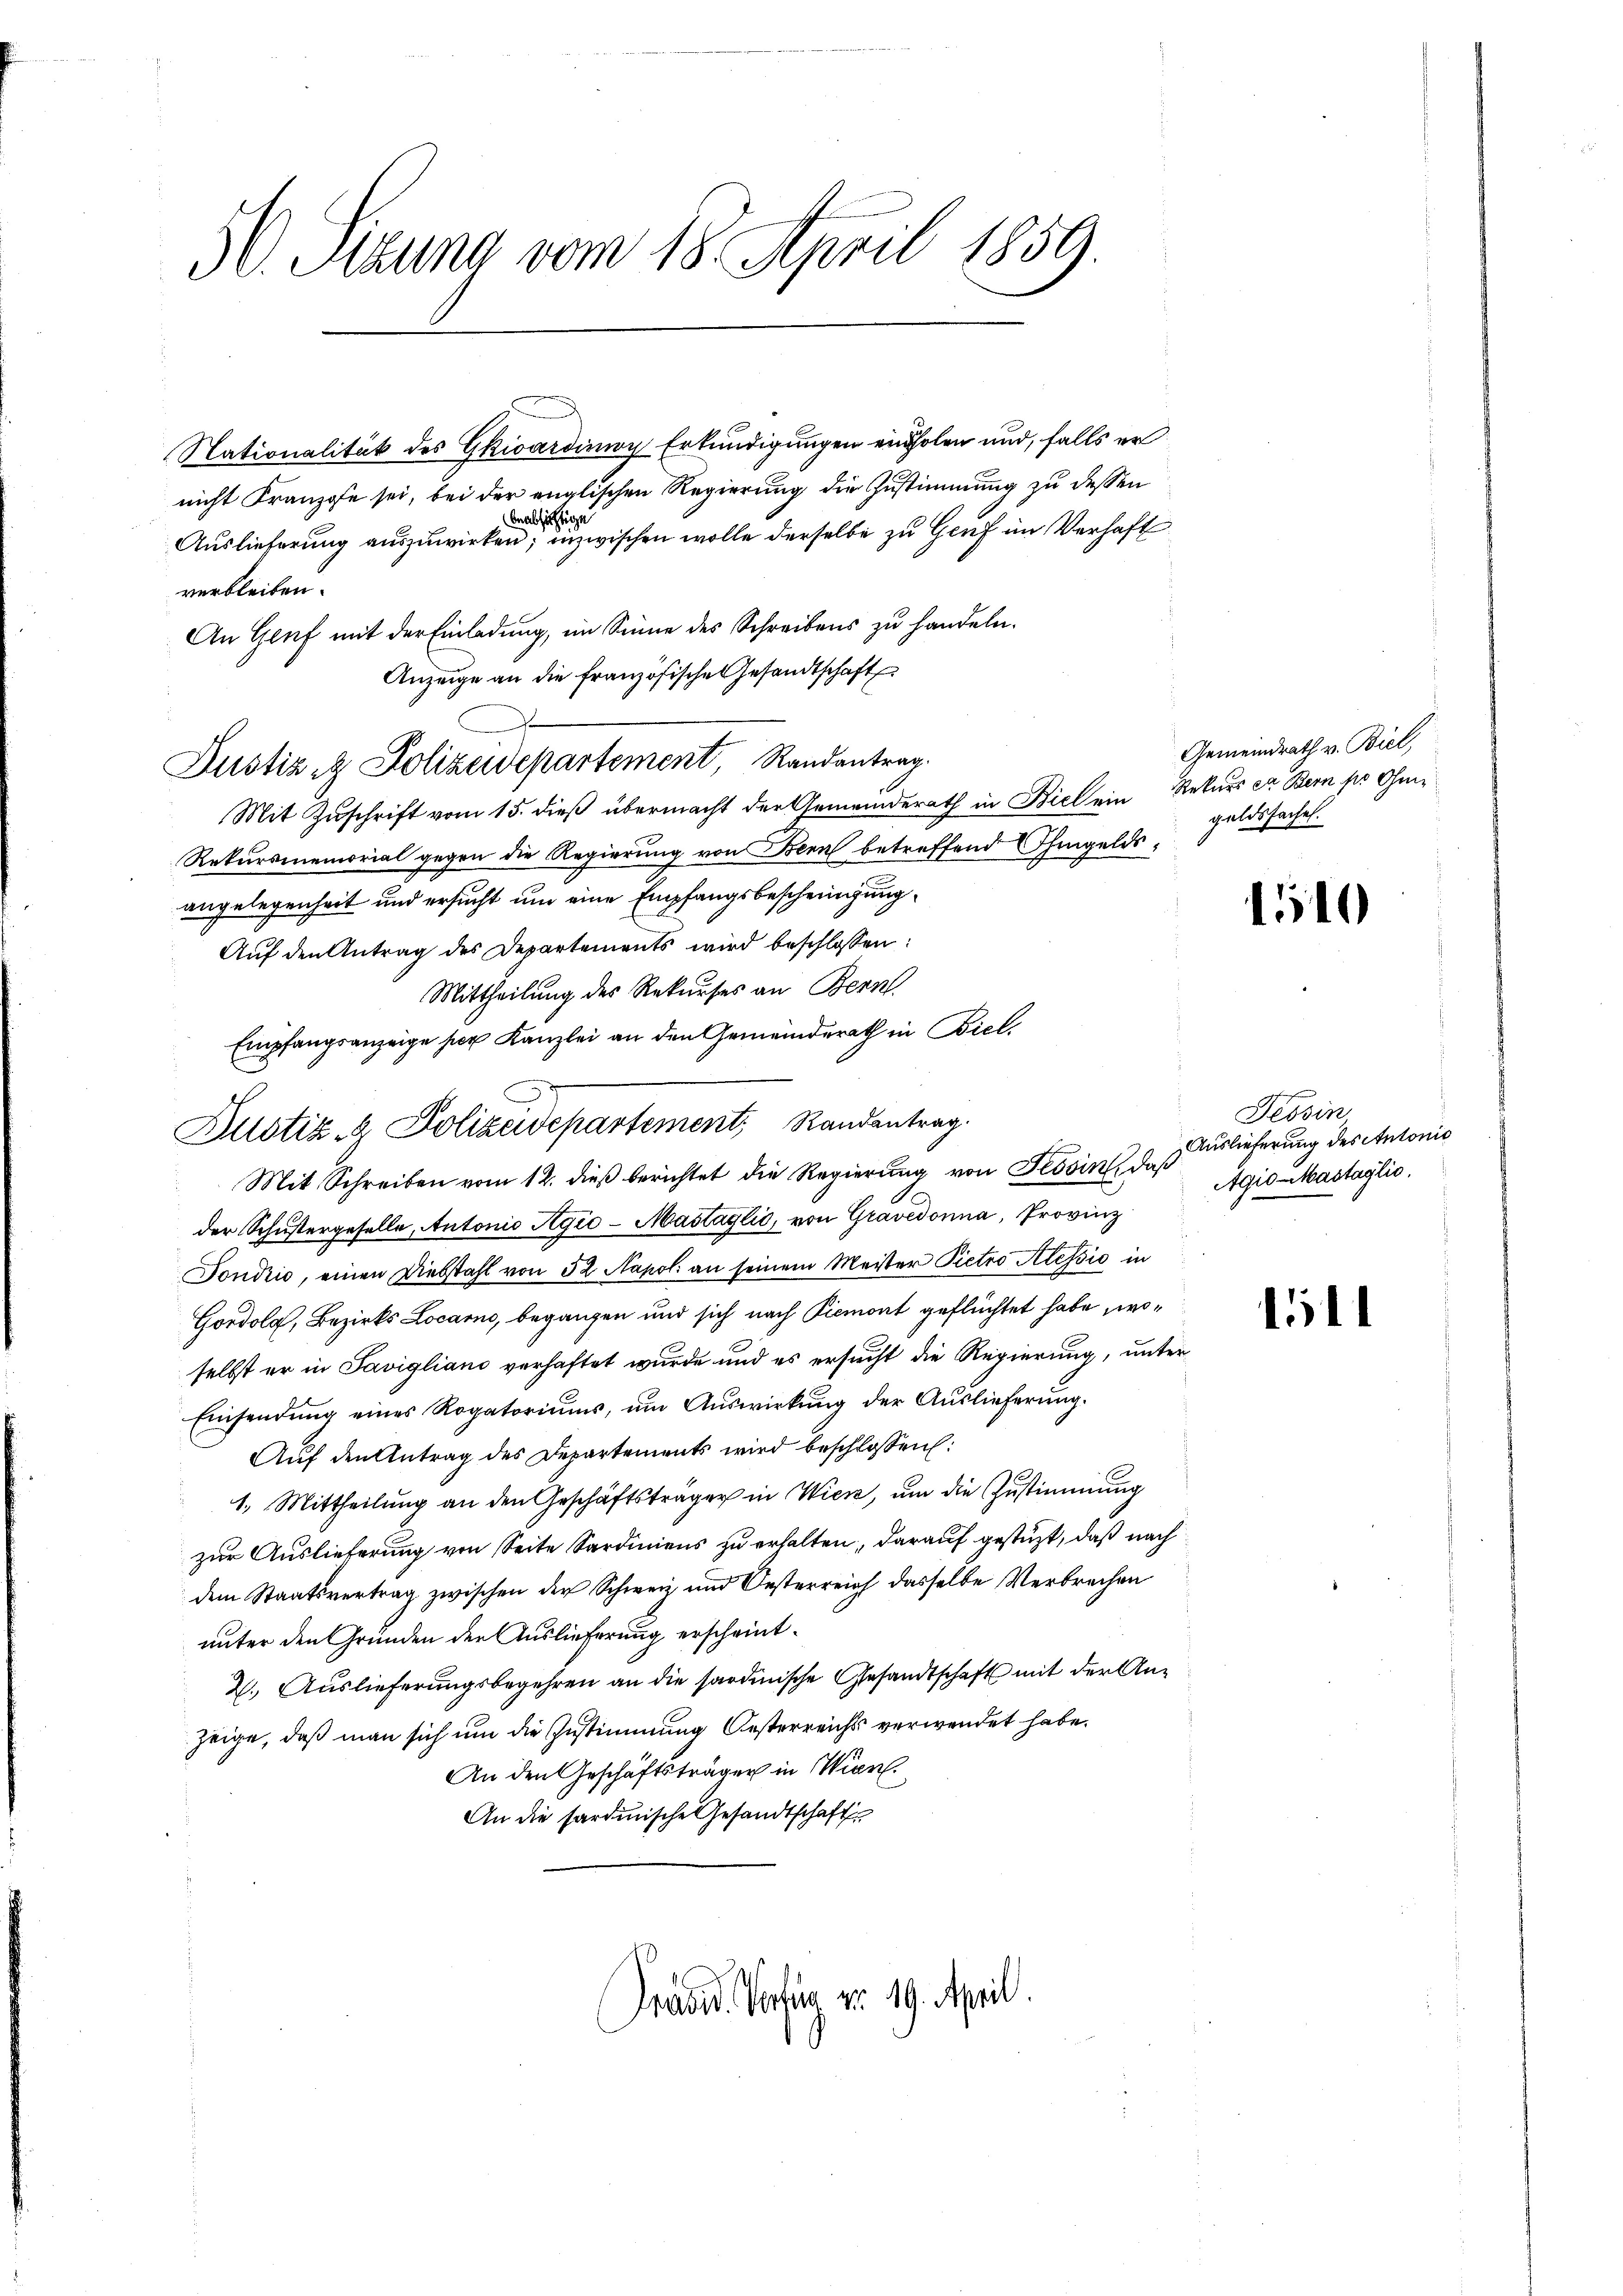
50. Sizung vom 18. April 1859.

Nationalität des Gkwardinoy Erkundigungen einholen und, falls er
nicht Franzose sei, bei der englischen Regierung die Zustimmung zu dessen
ealistige
Auslieferung auszuwirken; inzwischen wolle derselbe zu Genf im Verhaft
verbleiben.
An Genf mit der Einladung, im Sinne des Schreibens zu handeln.
Anzeige an die französische Gesandtschaft
Justiz & Polizeidepartement, Randantrag.
Mit Zuschrift vom 15. dieß übermacht der Gemeinderath in Biel ein Rekurs ca Bern pr Ohmi¬
Rekursmemorial gegen die Regierung von Bern betreffend Ihmgeldsangelegenheit und ersucht um eine Empfangsbescheinigung
Auf den Antrag des Departements wird beschlossen:
Mittheilung des Rekurses an Bern,
Empfangsanzeige hier Kanzlei an den Gemeindsrath in Biel,
Mit Schreiben vom 12. dieß berichtet die Regierung von Tessin, daß Agis-Mastaglio
der Schustergeselle, Antonio Agić-Mastaglić, von Gravedonna, Provinz
Sondrio, einen Diebstahl von 32 Napol an seinem Meister Pietro Alessio in
Gordolg, Bezirks Locarno, begangen und sich nach Piemont geflüchtet habe, woselbst er in Savigliano verhaftet wurde und es ersucht die Regierung, unter
Einsendŭng eines Rogatoriŭms, ŭm Aŭswirkŭng der Auslieferŭng.
Aŭf den Antrag des Departements wird beschlossen:
1. Mittheilung an den Geschäftsträger in Wien, um die Zustimmung
zur Auslieferung von Seite Sardiniens zu erhalten, darauf gestüzt, daß nach
dem Staatsvertrag zwischen der Schweiz und Oesterreich dasselbe Verbrechen
unter den Gründen der Auslieferung erscheint.
2. Auslieferungsbegehren an die sardinische Gesandtschaft mit der Anzeige, daß man sich um die Zustimmung Oesterreichs verwendet habe.
An den Geschäftsträger in Wierl.
An die sardinische Gesandtschaft
Prasid. Vorten No 19. April.

Zustiz- & Polizeidepartement, Randantrag.

Gemeindrath v. Biel,
geldssachen.

1510

Tessin
Auslieferung des Antonis

l